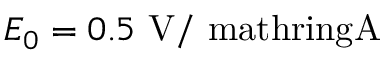
E _ { 0 } = 0 . 5 \ \mathrm { V / \ m a t h r i n g { A } }